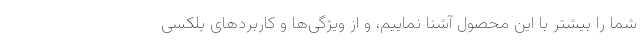
شما را بیشتر با این محصول آشنا نماییم، و از ویژگی‌ها و کاربردهای پلکسی